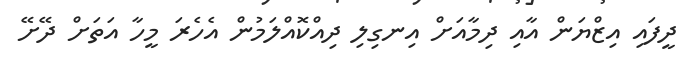
ދީފައި އިޒްޔަން އާއި ދިމާއަށް އިނގިލި ދިއްކޮއްލަމުން އެހެރަ މީހާ އަތަށް ދޭށޭ